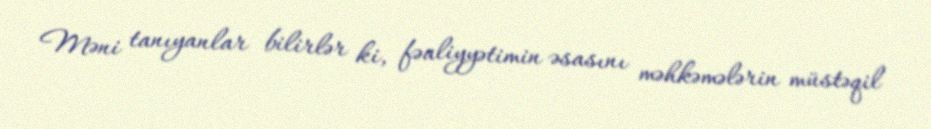
Məni tanıyanlar bilirlər ki, fəaliyyətimin əsasını məhkəmələrin müstəqil